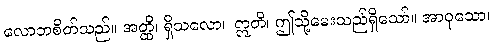
လောဘစိတ်သည်။ အတ္ထိ၊ ရှိသလော။ ဣတိ၊ ဤသို့မေးသည်ရှိသော်။ အာဝုသော၊